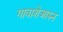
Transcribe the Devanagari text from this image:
गावाशेजारुन